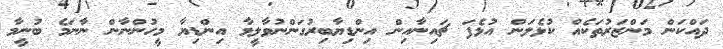
ދައްކަން މަންޒަރުތަކެއް ކުޅެލަން އުޅެފަ ޗައިނާއިން އިންޑިޔާބިރުގަންނުވާލީމާ އިންޑިޔާ މީހުންނާން ނާނަމެ ބުނީމާ